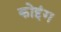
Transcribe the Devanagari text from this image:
कोइंग